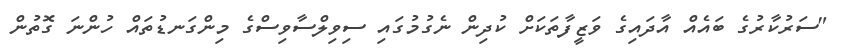
"ސަރުކާރުގެ ބައެއް އާދައިގެ ވަޒީފާތަކަށް ކުދިން ނެގުމުގައި ސިވިލްސާވިސްގެ މިންގަނޑުތައް ހުންނަ ގޮތުން